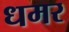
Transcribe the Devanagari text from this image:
धमर